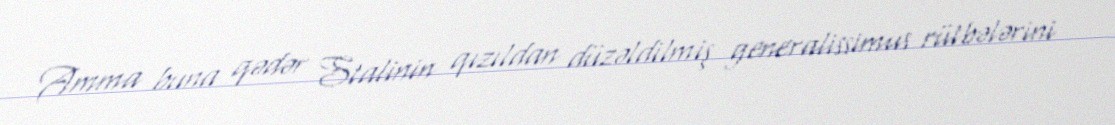
Amma buna qədər Stalinin qızıldan düzəldilmiş generalissimus rütbələrini